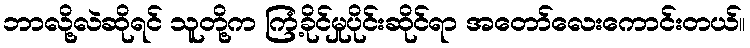
ဘာလို့လဲဆိုရင် သူတို့က ကြံ့ခိုင်မှုပိုင်းဆိုင်ရာ အတော်လေးကောင်းတယ်။